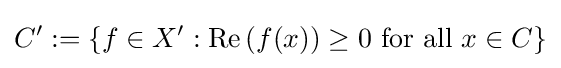
C^{\prime }:=\left\{f\in X^{\prime }:\operatorname {Re} \left(f(x)\right)\geq 0{\text{ for all }}x\in C\right\}